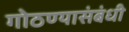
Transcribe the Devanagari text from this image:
गोठण्यासंबंधी